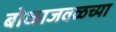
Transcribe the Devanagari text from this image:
बोळाजवळच्या